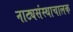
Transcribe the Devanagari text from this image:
नाट्यसंस्थाचालक